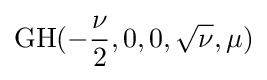
\mathrm {GH} (-{\frac {\nu }{2}},0,0,{\sqrt {\nu }},\mu )